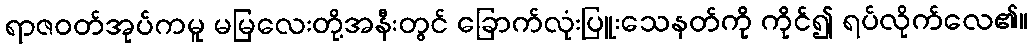
ရာဇဝတ်အုပ်ကမူ မမြလေးတို့အနီးတွင် ခြောက်လုံးပြူးသေနတ်ကို ကိုင်၍ ရပ်လိုက်လေ၏။